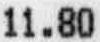
11.80